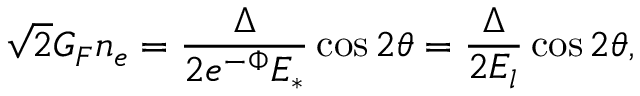
\sqrt { 2 } G _ { F } n _ { e } = { \frac { \Delta } { 2 e ^ { - \Phi } E _ { * } } } \cos 2 \theta = { \frac { \Delta } { 2 E _ { l } } } \cos 2 \theta ,